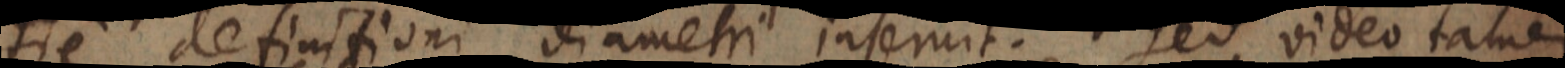
He definifioni diametri insemit. Sed video tamen